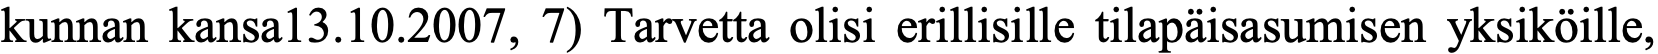
kunnan kansa13.10.2007, 7) Tarvetta olisi erillisille tilapäisasumisen yksiköille,